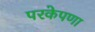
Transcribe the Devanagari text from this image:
परकेपणा